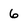
Character: 6